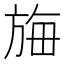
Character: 𬀆